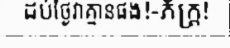
ដប់ថ្ងៃវាគ្មានផង!-ភ័ក្ត្រ!